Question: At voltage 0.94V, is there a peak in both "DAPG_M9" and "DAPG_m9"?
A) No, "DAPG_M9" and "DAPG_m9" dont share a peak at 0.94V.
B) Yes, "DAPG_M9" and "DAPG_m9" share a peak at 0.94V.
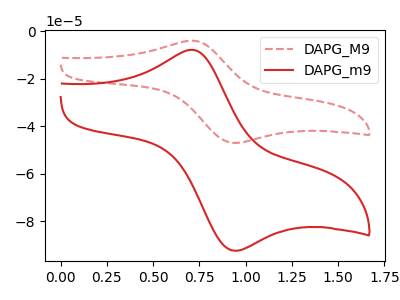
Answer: <think>The red dashed curve "DAPG_M9" has an anodic peak at (0.70V, -4.00uA) and a cathodic peak at (0.95V, -47.00uA). The red curve "DAPG_m9" has an anodic peak at (0.70V, -7.90uA) and a cathodic peak at (0.95V, -92.35uA).</think>
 <answer>B) Yes, "DAPG_M9" and "DAPG_m9" share a peak at 0.94V.</answer>
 <eval>B</eval>